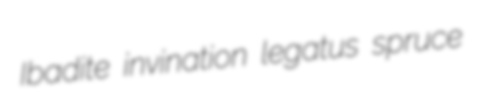
Ibadite invination legatus spruce